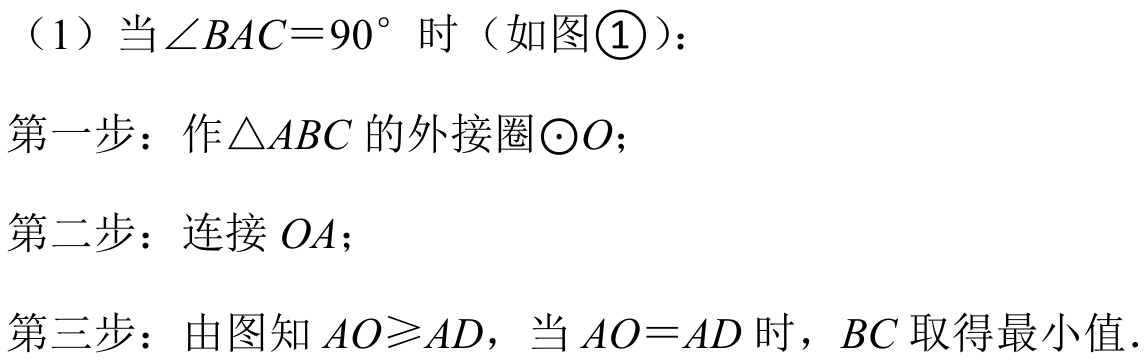
（1）当\(\angle BAC = 90^{\circ}\) 时（如图\textcircled{1}）：
第一步：作\(\triangle ABC\) 的外接圈\(\odot O\)；
第二步：连接 \(OA\)；
第三步：由图知 \(AO\geqslant AD\)，当 \(AO = AD\) 时，\(BC\) 取得最小值．